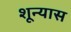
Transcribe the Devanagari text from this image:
शून्यास